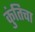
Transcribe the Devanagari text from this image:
कुंतिचा